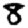
Digit: 8